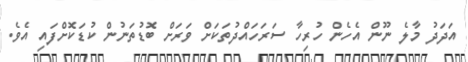
އަދަދު މާލެ ނޫން އެހެން ހުރިހާ ސަރަހައްދުތަކަށް ވަރަށް ބޮޑުތަނުން ކުޑަކޮށްފައި އެވެ.